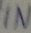
Text: IN